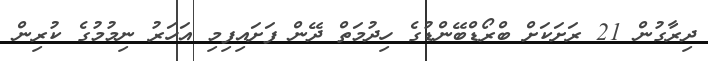
ދިރާގުން 21 ރަށަކަށް ބްރޯޑްބޭންޑުގެ ހިދުމަތް ދޭން ފަށައިފިމި އަހަރު ނިމުމުގެ ކުރިން